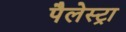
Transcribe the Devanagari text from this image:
पैलेस्ट्रा